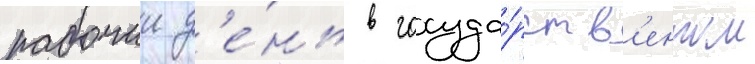
рабочии д'е́нь в госуда́рств'енном